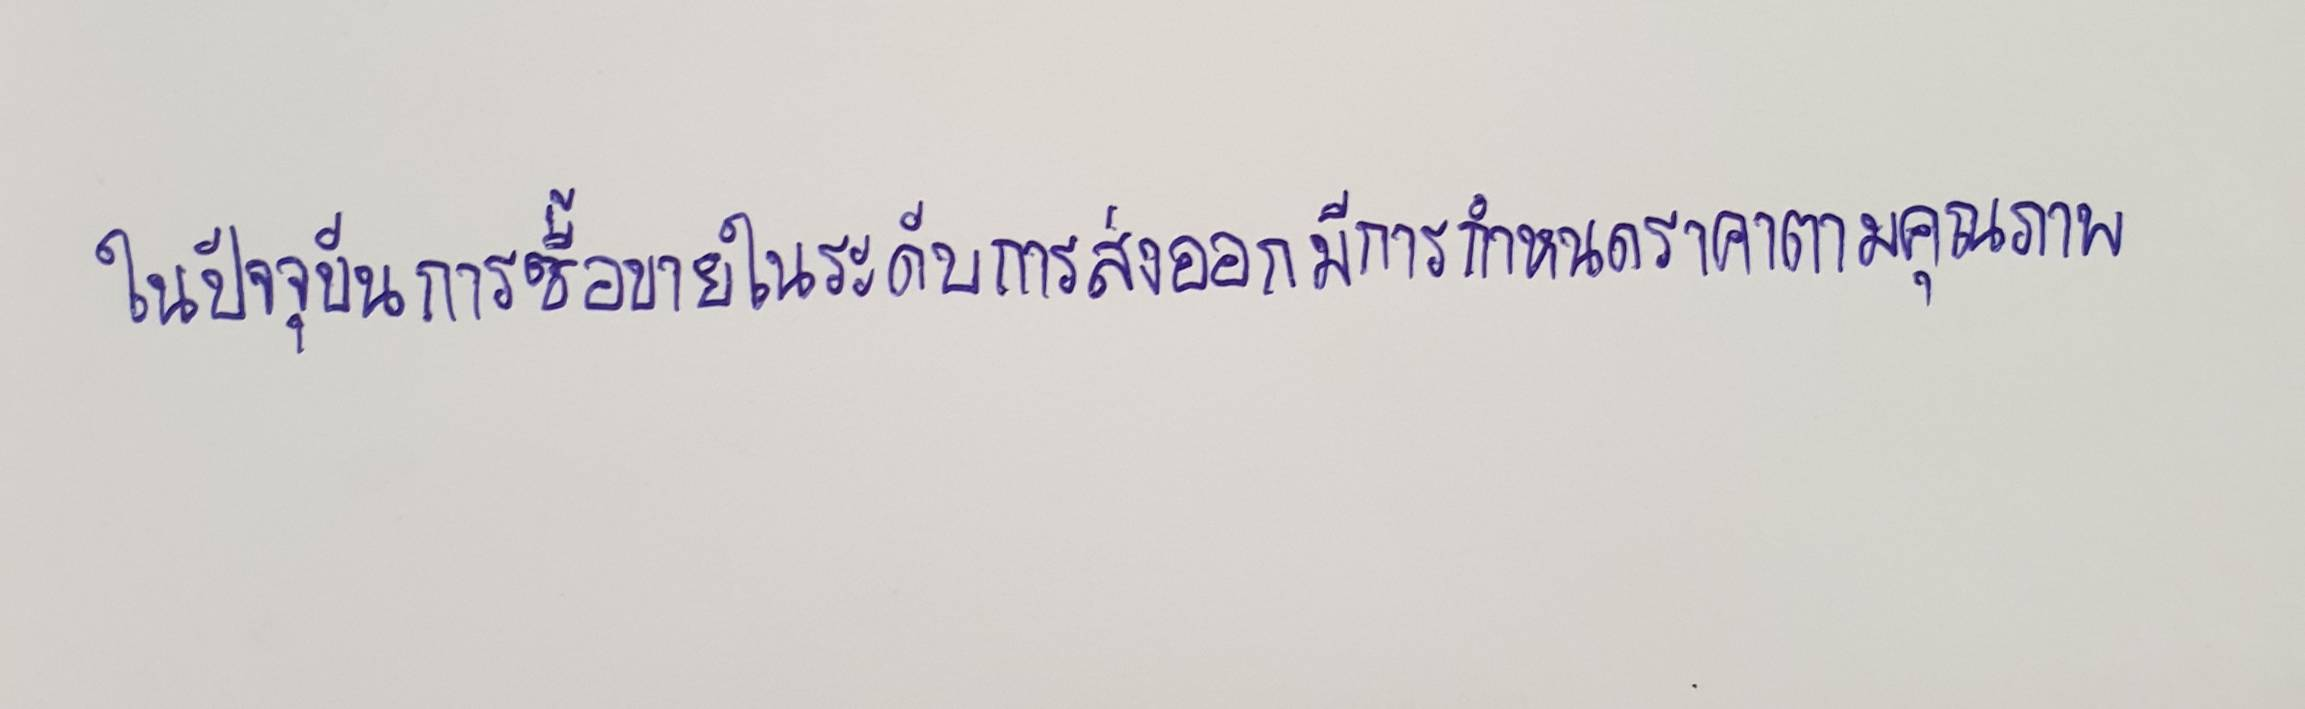
ในปัจจุบันการซื้อขายในระดับการส่งออกมีการกำหนดราคาตามคุณภาพ